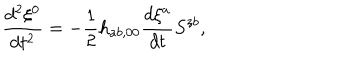
LaTeX: \frac { d ^ { 2 } \xi ^ { 0 } } { d t ^ { 2 } } = - \frac { 1 } { 2 } h _ { a b , 0 0 } \frac { d \xi ^ { a } } { d t } S ^ { z b } ,